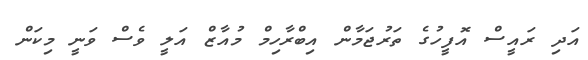
އަދި ރައީސް އޮފީހުގެ ތަރުޖަމާން އިބްރާހިމް މުއާޒް އަލީ ވެސް ވަނީ މިކަން